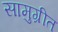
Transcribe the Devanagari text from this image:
सामुग्रीत